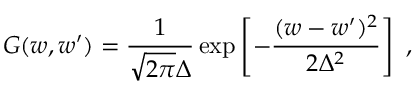
G ( w , w ^ { \prime } ) = { \frac { 1 } { \sqrt { 2 \pi } \Delta } } \exp \left[ - { \frac { ( w - w ^ { \prime } ) ^ { 2 } } { 2 \Delta ^ { 2 } } } \right] \ ,